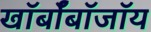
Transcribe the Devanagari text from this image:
खॉर्बॉबॉजॉय